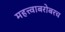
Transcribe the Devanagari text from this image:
महत्त्वाबरोबरच